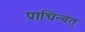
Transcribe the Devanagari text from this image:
प्राचिन्वत्‌